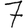
Digit: 7